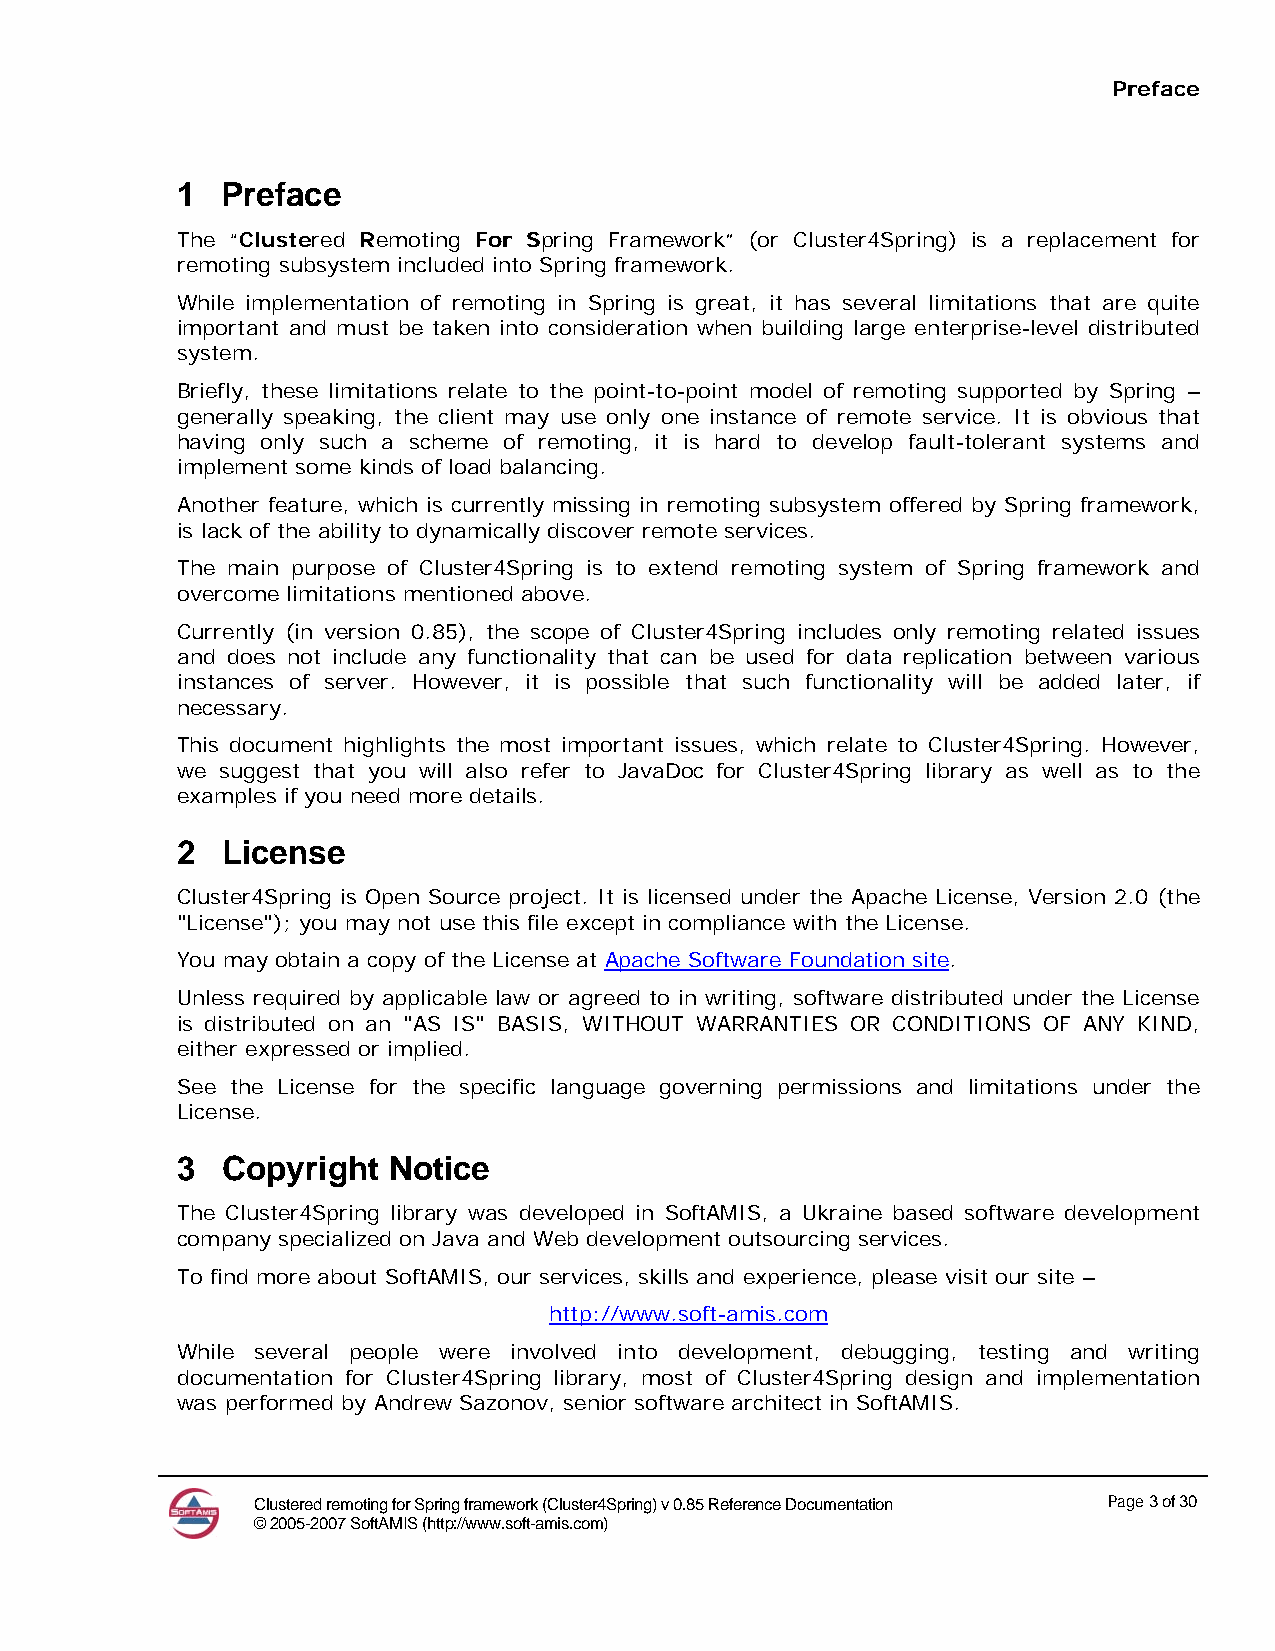
Preface
 1  Preface
 The “Clustered Remoting For Spring Framework” (or Cluster4Spring) is a replacement for
 remoting subsystem included into Spring framework.
 While implementation of remoting in Spring is great, it has several limitations that are quite
 important and must be taken into consideration when building large enterprise-level distributed
 system.
 Briefly, these limitations relate to the point-to-point model of remoting supported by Spring –
 generally speaking, the client may use only one instance of remote service. It is obvious that
 having only such a scheme of remoting, it is hard to develop fault-tolerant systems and
 implement some kinds of load balancing.
 Another feature, which is currently missing in remoting subsystem offered by Spring framework,
 is lack of the ability to dynamically discover remote services.
 The main purpose of Cluster4Spring is to extend remoting system of Spring framework and
 overcome limitations mentioned above.
 Currently (in version 0.85), the scope of Cluster4Spring includes only remoting related issues
 and does not include any functionality that can be used for data replication between various
 instances of server. However, it is possible that such functionality will be added later, if
 necessary.
 This document highlights the most important issues, which relate to Cluster4Spring. However,
 we suggest that you will also refer to JavaDoc for Cluster4Spring library as well as to the
 examples if you need more details.
 2  License
 Cluster4Spring is Open Source project. It is licensed under the Apache License, Version 2.0 (the
 "License"); you may not use this file except in compliance with the License.
 You may obtain a copy of the License at Apache Software Foundation site.
 Unless required by applicable law or agreed to in writing, software distributed under the License
 is distributed on an "AS IS" BASIS, WITHOUT WARRANTIES OR CONDITIONS OF ANY KIND,
 either expressed or implied.
 See the License for the specific language governing permissions and limitations under the
 License.
 3  Copyright  Notice
 The Cluster4Spring library was developed in SoftAMIS, a Ukraine based software development
 company specialized on Java and Web development outsourcing services.
 To find more about SoftAMIS, our services, skills and experience, please visit our site –
 http://www.soft-amis.com
 While several people were involved into development, debugging, testing and writing
 documentation for Cluster4Spring library, most of Cluster4Spring design and implementation
 was performed by Andrew Sazonov, senior software architect in SoftAMIS.
 Clustered remoting for Spring framework (Cluster4Spring) v 0.85 Reference Documentation Page 3 of 30
 © 2005-2007 SoftAMIS (http://www.soft-amis.com)